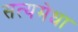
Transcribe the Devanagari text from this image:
सत्यमेधा